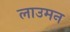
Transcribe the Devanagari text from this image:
लाउमन